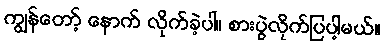
ကျွန်တော့် နောက် လိုက်ခဲ့ပါ။ စားပွဲလိုက်ပြပါ့မယ်။